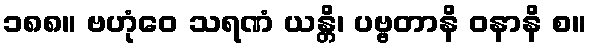
၁၈၈။ ဗဟုံဝေ သရဏံ ယန္တိ၊ ပဗ္ဗတာနိ ဝနာနိ စ။